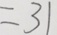
= 3 1